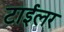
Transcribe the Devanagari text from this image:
टाईलर